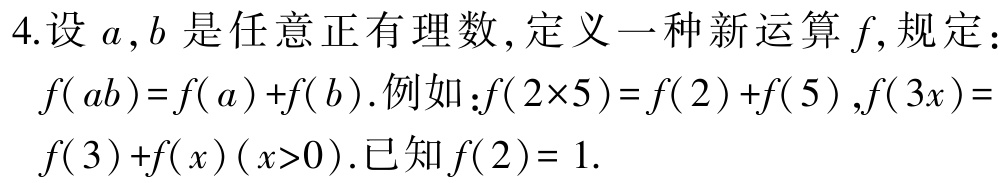
4.设 \(a,b\) 是任意正有理数,定义一种新运算 \(f\),规定：

\(f( ab)=f( a)+f( b)\).例如：\(f(2\times5)=f(2)+f(5)\),\(f(3x)=f(3)+f(x)(x > 0)\).已知 \(f(2)= 1\).